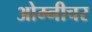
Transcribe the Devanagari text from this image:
ओम्नीचर